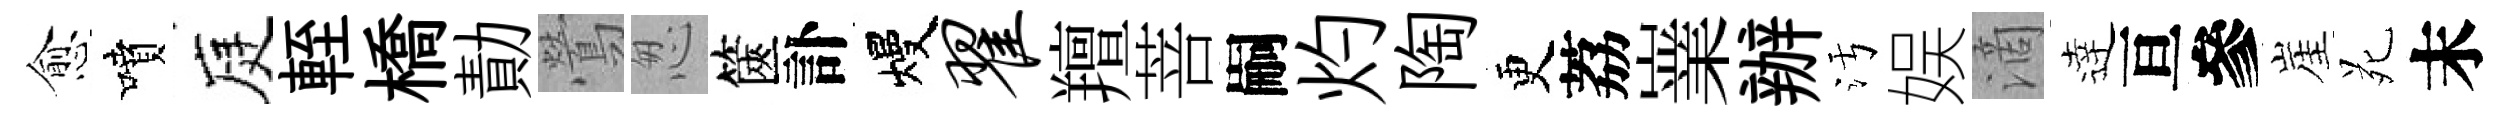
愈噴庭輊橋勣鶯怱篋訃熳翟羶菩嗣灼陶更荔嶪辦污娱滴逹亘參崖苑末